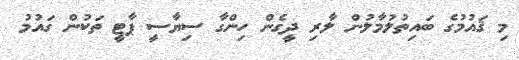
މި ޤައުމުގެ ބައިތުލުމާލުން ލާރި ދީގެން ހިންގާ ސިޔާސީ ޕާޓީ ތަކުން ގައުމު